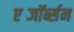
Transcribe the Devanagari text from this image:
एब्जॉर्ब्सन